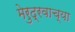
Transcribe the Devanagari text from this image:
मेरुद्रवाच्या